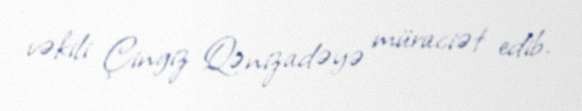
vəkili Çingiz Qənizadəyə müraciət edib.